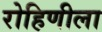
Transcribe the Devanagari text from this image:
रोहिणीला